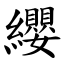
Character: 纓